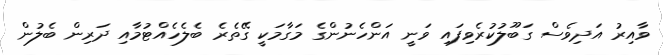
ވާއިރު އަދިވެސް ގަބޫލުކުރެވިފައި ވަނީ އަންހެނުންގެ މަގާމަކީ ގޭތެރެ ބެލެހެއްޓުމާއި ދަރިން ބެލުން